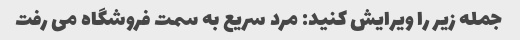
جمله زیر را ویرایش کنید: مرد سریع به سمت فروشگاه می رفت